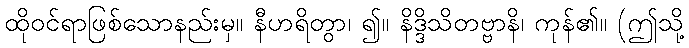
ထိုဝင်ရာဖြစ်သောနည်းမှ။ နီဟရိတွာ၊ ၍။ နိဒ္ဒိသိတဗ္ဗာနိ၊ ကုန်၏။ (ဤသို့